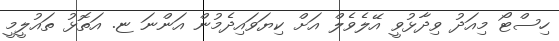
ހިސްޓޯ މިއަދު ވިދާޅުވީ އޭލެވެލް އަށް ކިޔަވައިދެމުން އަންނަ ޏ. އަތޮޅު ތައުލީމީ